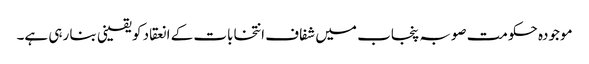
موجودہ حکومت صوبہ پنجاب میں شفاف انتخابات کے انعقاد کو یقینی بنا رہی ہے۔